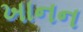
ખાનન